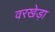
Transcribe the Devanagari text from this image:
वरखेड़ा